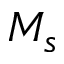
M _ { s }